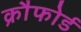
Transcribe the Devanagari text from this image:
क्रौफोर्ड